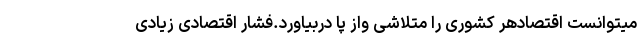
میتوانست اقتصادهر کشوری را متلاشی واز پا دربیاورد.فشار اقتصادی زیادی